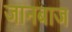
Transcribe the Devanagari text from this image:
जानबाज